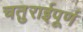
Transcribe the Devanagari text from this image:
चतुराईपूर्ण